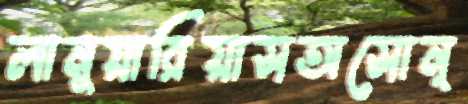
লানুয়ারিয়াসঅসোন্